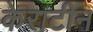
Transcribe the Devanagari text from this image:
केराटीन